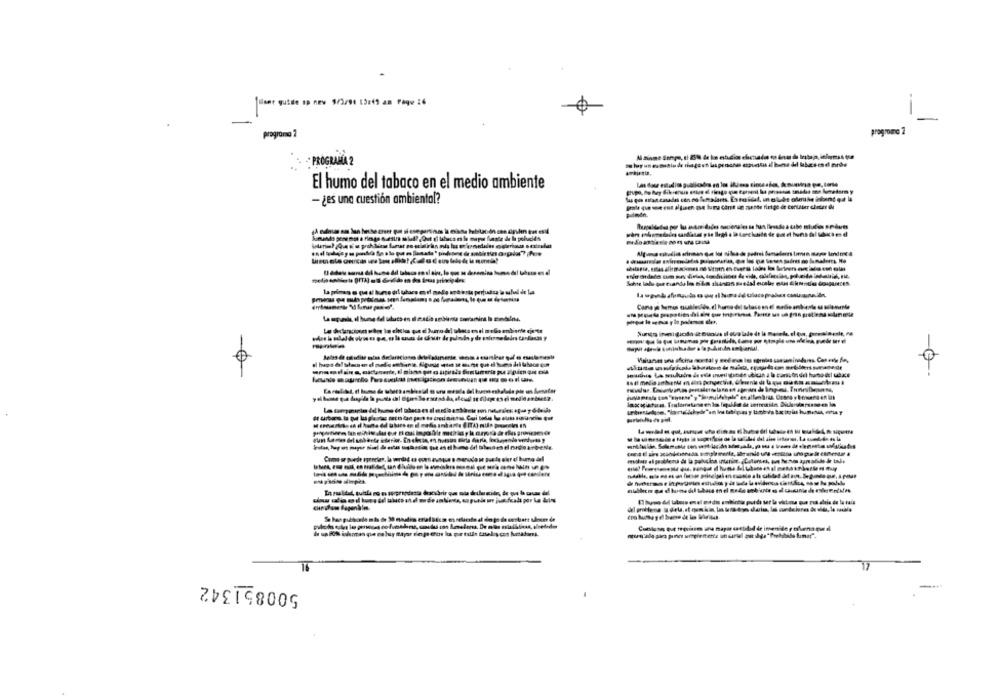
user guide sp new 5/3/90 13:45 am Page :6
pragromo 2
programna 2
PROGRAMA ?
El humo del tabaco en el medio ambiente
- ¿ es una cuestión ambiental?
IMpe
Cutloon que tegianem ana mayor carbild de intenide polarna pun d
500851342